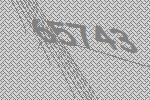
65743